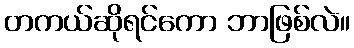
တကယ်ဆိုရင်ကော ဘာဖြစ်လဲ။